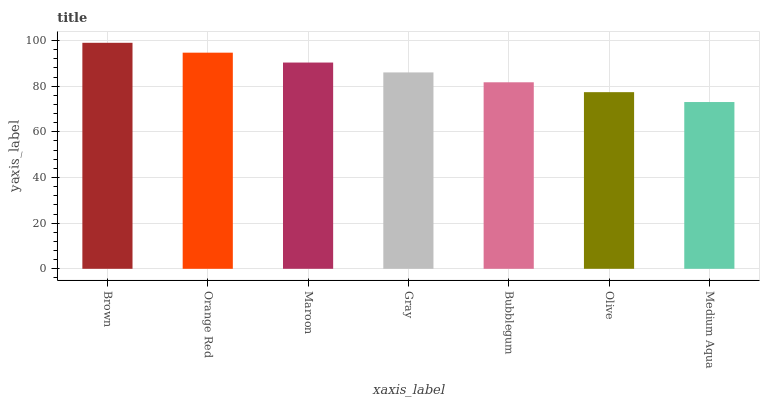
| xaxis_label | bars |
 | --- | --- |
 | Brown | 99 |
 | Orange Red | 94.7 |
 | Maroon | 90.4 |
 | Gray | 86 |
 | Bubblegum | 81.7 |
 | Olive | 77.4 |
 | Medium Aqua | 73.1 |